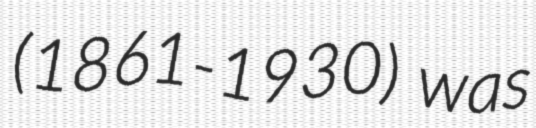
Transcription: (1861-1930) was